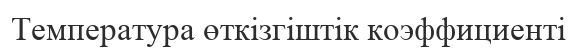
Температура өткізгіштік коэффициенті